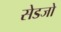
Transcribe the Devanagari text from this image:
सेडजो